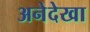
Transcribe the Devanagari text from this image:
अनेदेखा